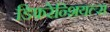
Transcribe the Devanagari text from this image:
डिफरेन्शियल्स